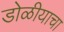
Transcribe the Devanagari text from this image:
डोळीयाचा